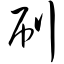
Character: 刷